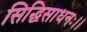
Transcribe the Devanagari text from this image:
सिद्धिसाधनः।।